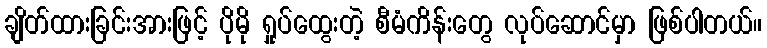
ချိတ်ထားခြင်းအားဖြင့် ပိုမို ရှုပ်ထွေးတဲ့ စီမံကိန်းတွေ လုပ်ဆောင်မှာ ဖြစ်ပါတယ်။